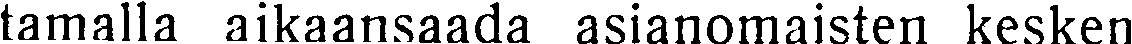
tamalla aikaansaada asianomaisten kesken